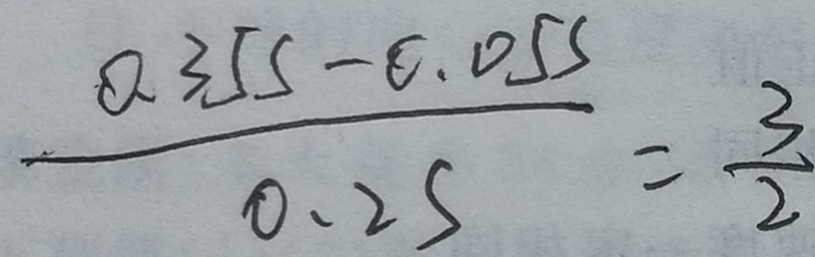
\frac { 0 . 3 5 s - 0 . 0 5 s } { 0 . 2 5 } = \frac { 3 } { 2 }